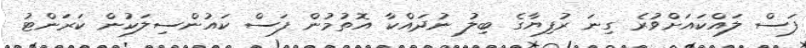
ފަސް ލައްކައަށްވުރެ ގިނަ ރުފިޔާގެ ބިލު ނުދައްކާ އޮތުމުން ފަސް ކައުންސިލަކުން ކަރަންޓު